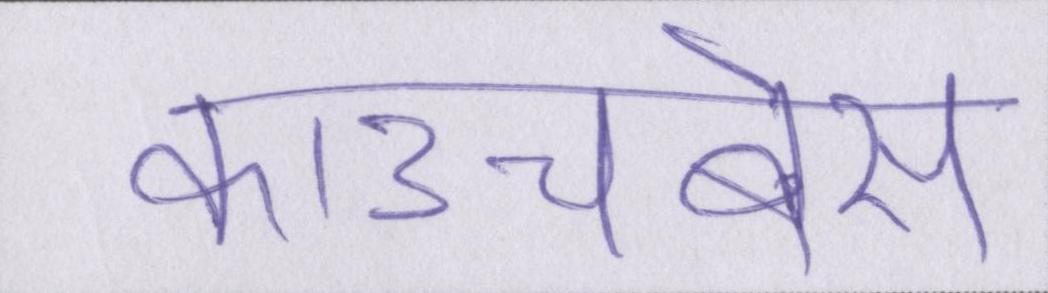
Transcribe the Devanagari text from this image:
काउचबेस